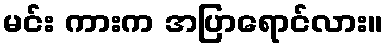
မင်း ကားက အပြာရောင်လား။